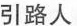
引路人